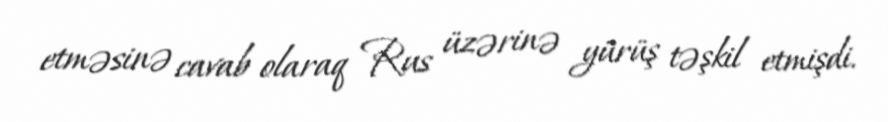
etməsinə cavab olaraq Rus üzərinə yürüş təşkil etmişdi.